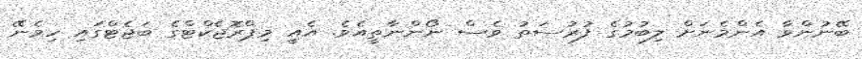
ބޭނުންވާ އެންމެނަށް ލިބުމުގެ ފުރުސަތު ވެސް ނޯންނާތީއެވެ. އެއީ މިޕްރޮޖެކްޓްގެ ބަޖެޓްގައި ހިމެނޭ